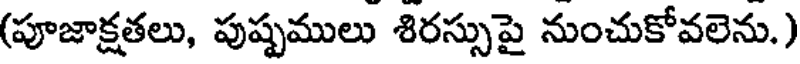
(పూజాక్షతలు, పుష్పములు శిరస్సుపై నుంచుకోవలెను.)